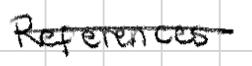
Text: References
Cross-out: single-line
Writing tool: digital_black